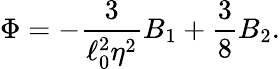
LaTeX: \Phi=-{\frac{3}{\ell_{0}^{2}\eta^{2}}}B_{1}+{\frac{3}{8}}B_{2}.